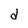
Character: d